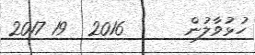
ހުޅުވާލުން      2016  19 2017